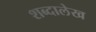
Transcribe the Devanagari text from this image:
शब्दालेख